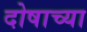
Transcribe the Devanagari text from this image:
दोषाच्या